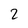
Character: 2